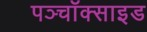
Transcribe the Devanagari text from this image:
पञ्चॉक्साइड